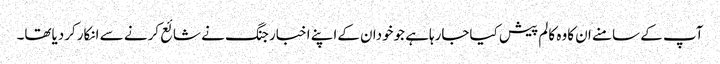
آپ کے سامنے ان کاوہ کالم پیش کیاجارہاہے جوخودان کےاپنے اخبار جنگ نے شائع کرنے سے انکارکردیاتھا۔